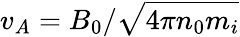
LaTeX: v_{A}=B_{0}/\sqrt{4\pi n_{0}m_{i}}